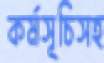
কর্মসূচিসহ